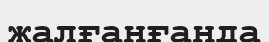
жалғанғанда